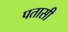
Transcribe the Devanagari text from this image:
पतासी